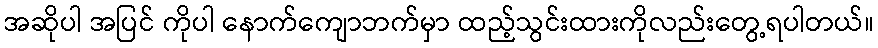
အဆိုပါ အပြင် ကိုပါ နောက်ကျောဘက်မှာ ထည့်သွင်းထားကိုလည်းတွေ့ရပါတယ်။